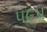
૫૯૫